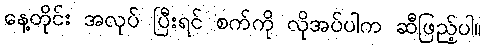
နေ့တိုင်း အလုပ် ပြီးရင် စက်ကို လိုအပ်ပါက ဆီဖြည့်ပါ။